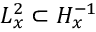
L _ { x } ^ { 2 } \subset H _ { x } ^ { - 1 }